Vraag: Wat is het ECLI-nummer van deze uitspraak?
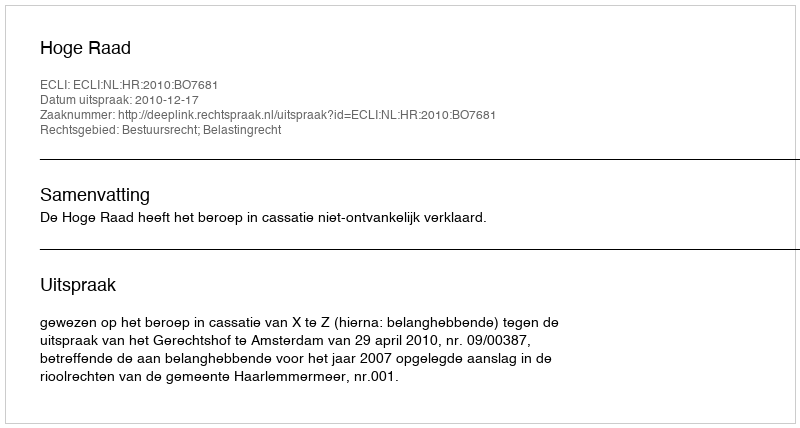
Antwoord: ECLI:NL:HR:2010:BO7681